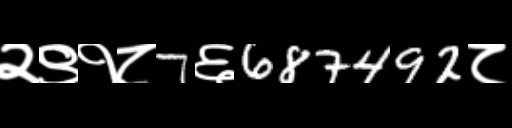
Text: २९१८7६687492८